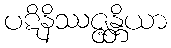
ပဋိနိဿဇ္ဇန္တိယာ